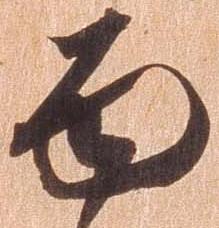
面